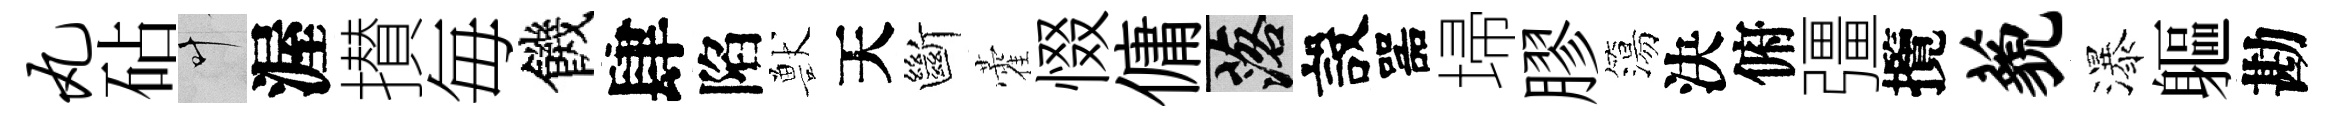
丸砧叶渥攅毎饑肆陷獸天斷藿惙傭落設噐埽膠簜決俯彊攬藐瀑軀勘